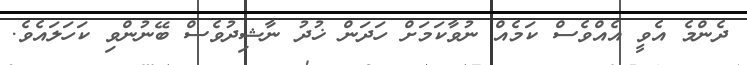
ދެންމެ އެވީ އެއްވެސް ކަމެއް ނުވާކަމަށް ހަދަން ޚުދު ނާޝިދުވެސް ބޭނުންވި ކަހަލައެވެ.